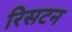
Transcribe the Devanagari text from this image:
रिसटन